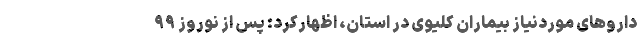
داروهای موردنیاز بیماران کلیوی در استان، اظهارکرد: پس از نوروز ۹۹